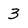
Character: 3